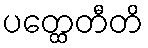
ပတ္ထေတီတိ